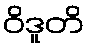
ဝိဒူတိ